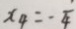
x _ { 4 } = - \frac { 1 } { 4 }